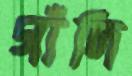
গাঁদি